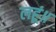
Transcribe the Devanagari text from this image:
लहूं॥